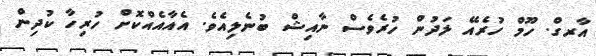
އާރގް. ހޫމް ހުރެއޭ ލަދުން ހުރެވެސް ނާއިޝް ބުނެލިއެވެ. އެއާއެއްކޮށް ހުރިހާ ކުދިން